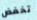
تخفض